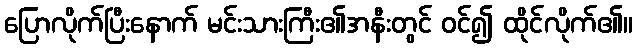
ပြောလိုက်ပြီးနောက် မင်းသားကြီး၏အနီးတွင် ဝင်၍ ထိုင်လိုက်၏။